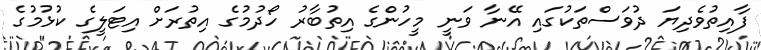
ފާއިތުވެދިޔަ ދުވަސްތަކުގައި އޭނާ ވަނީ މީހުންގެ އިތުބާރު ހޯދުމުގެ އިތުރަށް އިޓަލީގެ ކުޅުމުގެ